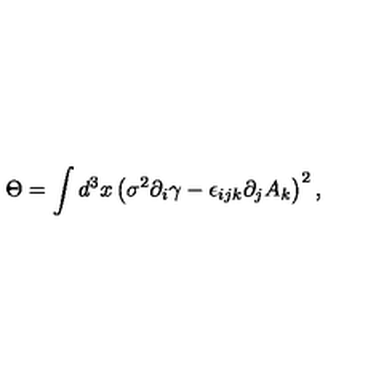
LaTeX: \Theta = \int d ^ { 3 } x \left( \sigma ^ { 2 } \partial _ { i } \gamma - \epsilon _ { i j k } \partial _ { j } A _ { k } \right) ^ { 2 } ,